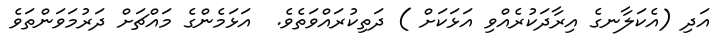
އަދި (އެކަލާނގެ އިރާދަކުރެއްވި އަޅަކަށް ) ދަތިކުރައްވަތެވެ.  އަޅަމެންގެ މައްޗަށް ދަރުމަވަންތަވެ